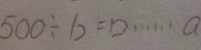
5 0 0 \div b = \square \cdots a